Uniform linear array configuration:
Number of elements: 16
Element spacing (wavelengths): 0.5
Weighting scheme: kaiser
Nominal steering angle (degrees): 60
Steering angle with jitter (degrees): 58.446
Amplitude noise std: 0.05
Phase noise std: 0.05

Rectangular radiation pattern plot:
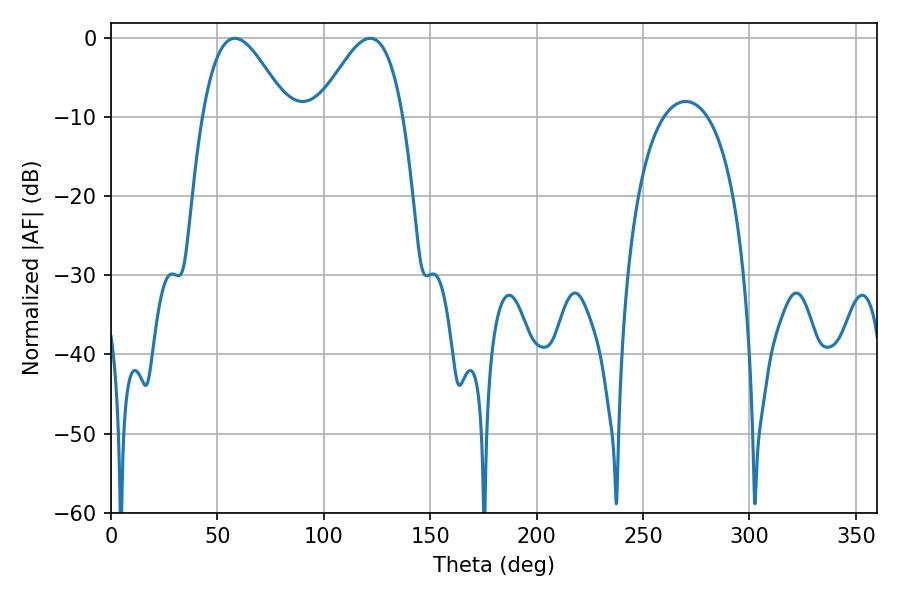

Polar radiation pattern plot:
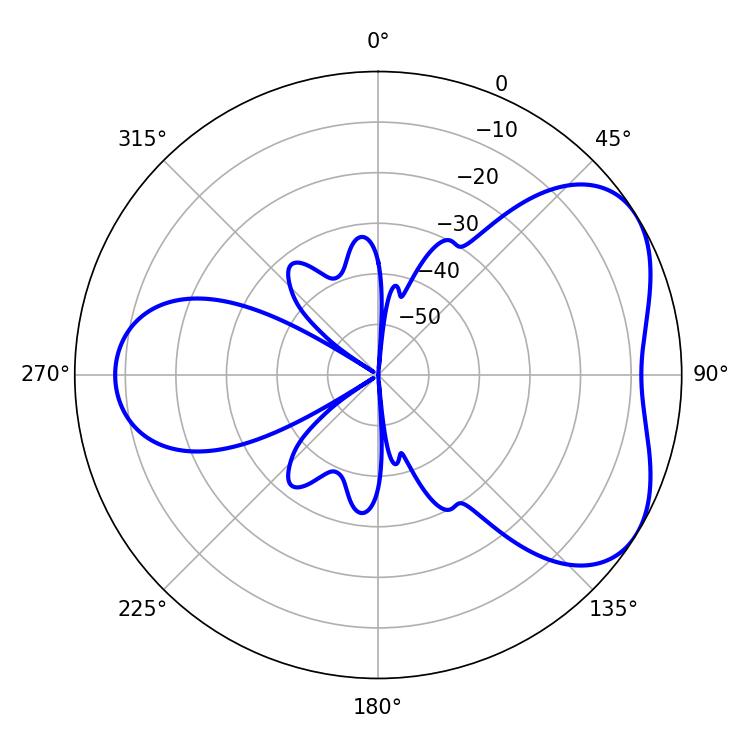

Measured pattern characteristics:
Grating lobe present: FALSE
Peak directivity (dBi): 4.742
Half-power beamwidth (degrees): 21.6
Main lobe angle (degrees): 58.14